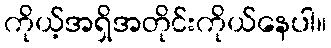
ကိုယ့်အရှိအတိုင်းကိုယ်နေပါ။